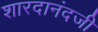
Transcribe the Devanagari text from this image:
शारदानंदजी